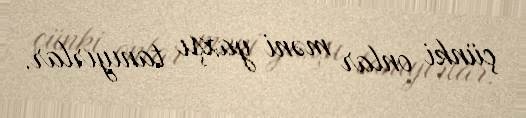
çünki onlar məni yaxşı tanıyırlar.